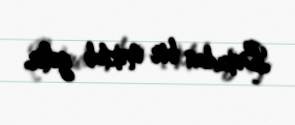
Bakıdan bir məktub gəlir.